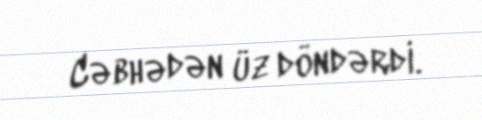
Cəbhədən üz döndərdi.